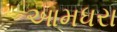
આમધરા